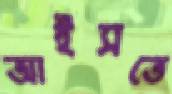
আইসতে